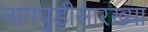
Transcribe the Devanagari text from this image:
नागपुडीसारख्या